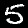
Digit: 5